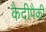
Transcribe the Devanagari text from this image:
कैदीपैकी